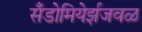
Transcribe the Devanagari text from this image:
सँडोमियेर्झजवळ